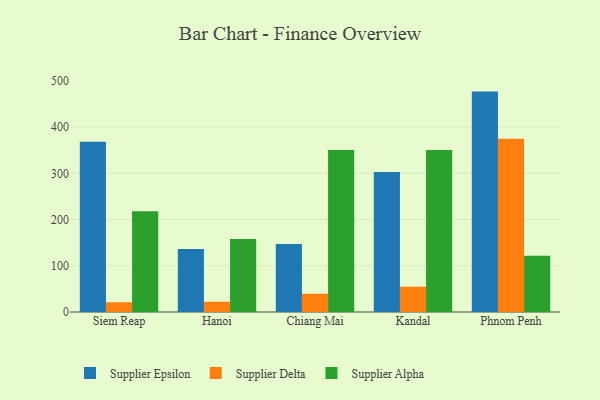
{"axis": {"x": "City", "y": "Satisfaction Score"}, "legend": ["Supplier Alpha", "Supplier Delta", "Supplier Epsilon"], "data": [{"x": "Siem Reap", "y": 368.2, "type": "Supplier Epsilon"}, {"x": "Siem Reap", "y": 21.1, "type": "Supplier Delta"}, {"x": "Siem Reap", "y": 217.9, "type": "Supplier Alpha"}, {"x": "Hanoi", "y": 136.0, "type": "Supplier Epsilon"}, {"x": "Hanoi", "y": 22.2, "type": "Supplier Delta"}, {"x": "Hanoi", "y": 157.8, "type": "Supplier Alpha"}, {"x": "Chiang Mai", "y": 147.3, "type": "Supplier Epsilon"}, {"x": "Chiang Mai", "y": 39.4, "type": "Supplier Delta"}, {"x": "Chiang Mai", "y": 350.4, "type": "Supplier Alpha"}, {"x": "Kandal", "y": 303.0, "type": "Supplier Epsilon"}, {"x": "Kandal", "y": 54.8, "type": "Supplier Delta"}, {"x": "Kandal", "y": 350.3, "type": "Supplier Alpha"}, {"x": "Phnom Penh", "y": 476.7, "type": "Supplier Epsilon"}, {"x": "Phnom Penh", "y": 374.7, "type": "Supplier Delta"}, {"x": "Phnom Penh", "y": 121.6, "type": "Supplier Alpha"}]}